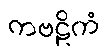
ကဗဠိကံ